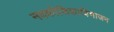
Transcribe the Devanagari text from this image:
नवकोशिकाविभाजन